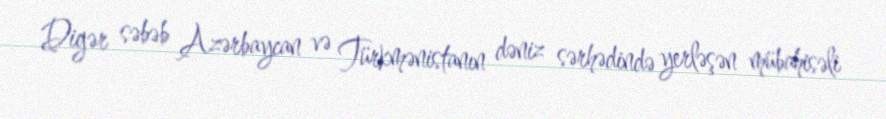
Digər səbəb Azərbaycan və Türkmənistanın dəniz sərhədində yerləşən mübahisəli